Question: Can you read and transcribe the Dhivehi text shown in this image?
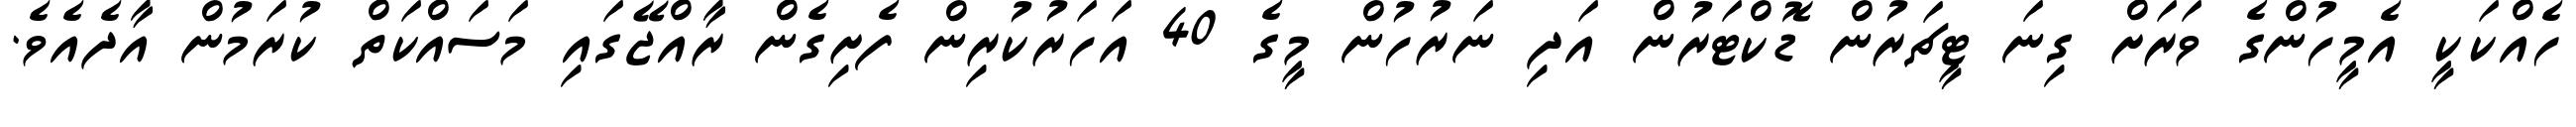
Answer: ހެއްކަކީ އެމީހުންގެ ވަރަށް ގިނަ ޓީޗަރުން ޑޮކްޓަރުން އަދި ނަރުހުން މީގެ 40 އަހަރުކުރިން ފެށިގެން ރާއްޖޭގައި މަސައްކަތް ކުރަމުން އާދެއެވެ.